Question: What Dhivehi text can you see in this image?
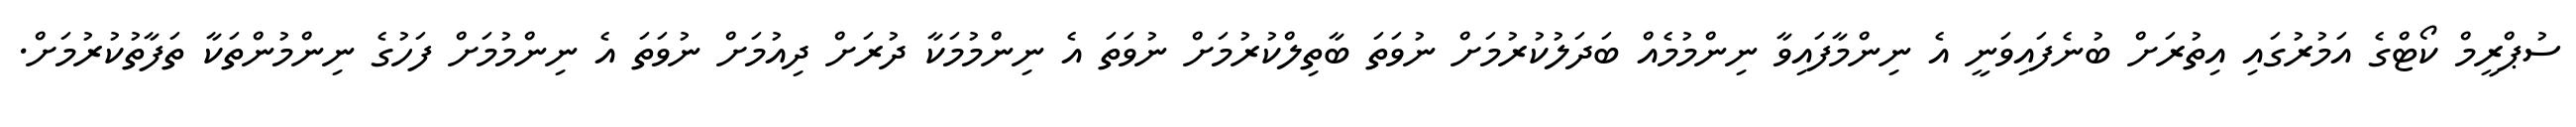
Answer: ސުޕްރީމް ކޯޓްގެ އަމުރުގައި އިތުރަށް ބުނެފައިވަނީ އެ ނިންމާފައިވާ ނިންމުމެއް ބަދަލުކުރުމަށް ނުވަތަ ބާތިލްކުރުމަށް ނުވަތަ އެ ނިންމުމަކާ ދުރަށް ދިއުމަށް ނުވަތަ އެ ނިންމުމަށް ފަހުގެ ނިންމުންތަކާ ތަފާތުކުރުމަށް.